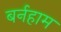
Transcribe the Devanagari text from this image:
बर्नहाम